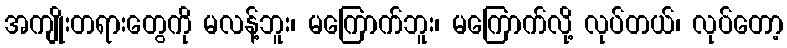
အကျိုးတရားတွေကို မလန့်ဘူး၊ မကြောက်ဘူး၊ မကြောက်လို့ လုပ်တယ်၊ လုပ်တော့